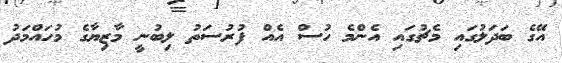
އޭގެ ބަދަލުގައި މެޗުގައި އެންމެ ހުސް އެއް ފުރުސަތު ލިބުނީ މާޒިޔާގެ މުހައްމަދު